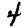
Digit: 4